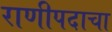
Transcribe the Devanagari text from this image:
राणीपदाचा